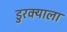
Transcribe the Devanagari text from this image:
डुरक्याला